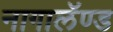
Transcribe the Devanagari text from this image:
नागालॅण्ड